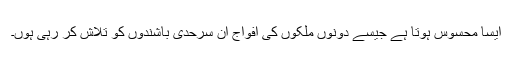
ایسا محسوس ہوتا ہے جیسے دونوں ملکوں کی افواج ان سرحدی باشندوں کو تلاش کر رہی ہوں۔